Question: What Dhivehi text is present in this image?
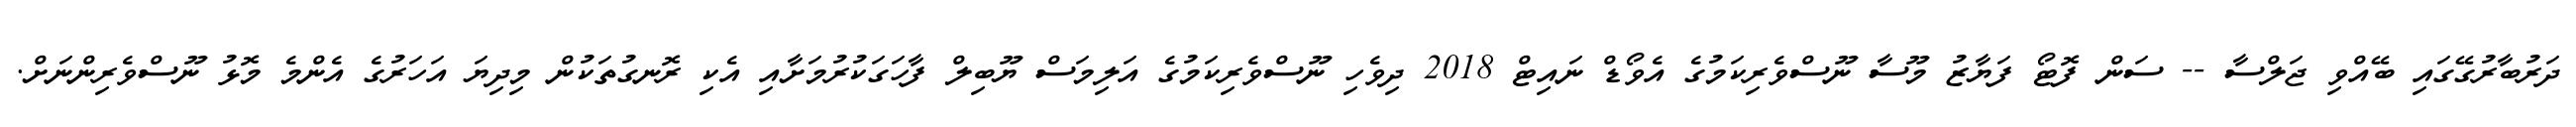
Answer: ދަރުބާރުގޭގައި ބޭއްވި ޖަލްސާ -- ސަން ފޮޓޯ ފަޔާޒު މޫސާ ނޫސްވެރިކަމުގެ އެވޯޑް ނައިޓް 2018 ދިވެހި ނޫސްވެރިކަމުގެ އަލިމަސް ޔޫބިލް ފާހަގަކުރުމަށާއި އެކި ރޮނގުތަކުން މިދިޔަ އަހަރުގެ އެންމެ މޮޅު ނޫސްވެރިންނަށް.